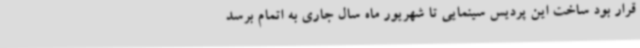
قرار بود ساخت این پردیس سینمایی تا شهریور ماه سال جاری به اتمام برسد